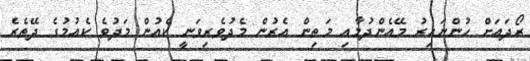
ރޯދައަށް ހުންނައިރު މޭއެންދުމާއި މަތިން އެރުން މެދުވެރިވަނީ ކެއުން މަދުވެ ކެއުމުގެ ދޭތެރެ